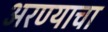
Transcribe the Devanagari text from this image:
अरण्याचा